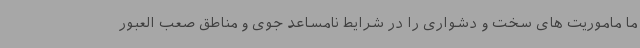
ما ماموریت های سخت و دشواری را در شرایط نامساعد جوی و مناطق صعب العبور